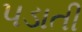
પડાતી